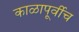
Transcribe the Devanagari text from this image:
काळापूर्वीच